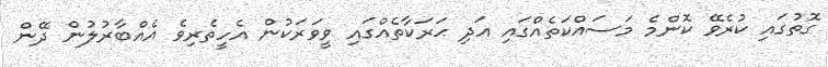
ގޮތުގައި ކުރެވޭ ކޮންމެ މަސައްކަތެއްގައި އަދި ޙަރަކާތެއްގައި ވީވަރަކުން އެހީތެރިވެ އެއްބާރުލުން ދޭން